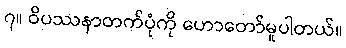
၇။ ဝိပဿနာတက်ပုံကို ဟောတော်မူပါတယ်။